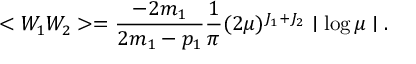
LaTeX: < W _ { 1 } W _ { 2 } > = \frac { - 2 m _ { 1 } } { 2 m _ { 1 } - p _ { 1 } } \frac { 1 } { \pi } ( 2 \mu ) ^ { J _ { 1 } + J _ { 2 } } \mid \log \mu \mid .